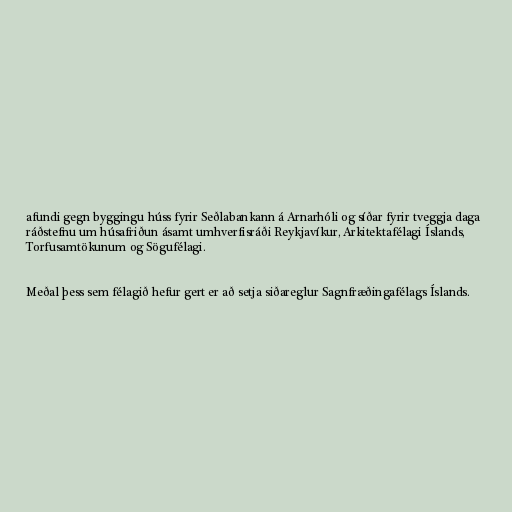
afundi gegn byggingu húss fyrir Seðlabankann á Arnarhóli og síðar fyrir tveggja daga
ráðstefnu um húsafriðun ásamt umhverfisráði Reykjavíkur, Arkitektafélagi Íslands,
Torfusamtökunum og Sögufélagi.

Meðal þess sem félagið hefur gert er að setja siðareglur Sagnfræðingafélags Íslands.